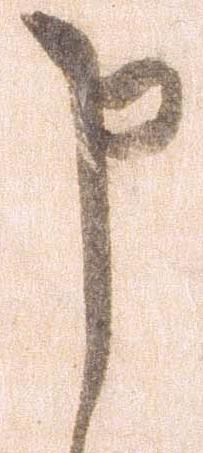
申